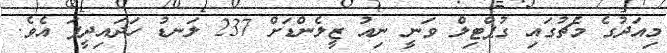
މިއަދުގެ މެޗުގައި ގުޕްޓިލް ވަނީ ނިއު ޒީލެންޑަށް 237 ލަނޑު ހަަދައިދީފަ އެވެ.